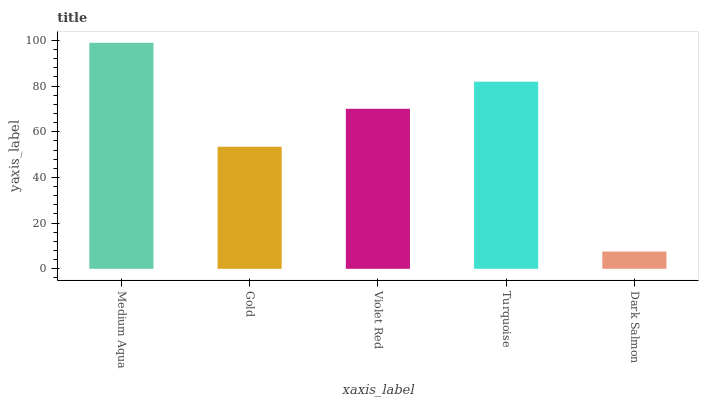
| xaxis_label | bars |
 | --- | --- |
 | Medium Aqua | 98.9 |
 | Gold | 53.4 |
 | Violet Red | 70.1 |
 | Turquoise | 81.9 |
 | Dark Salmon | 7.55 |